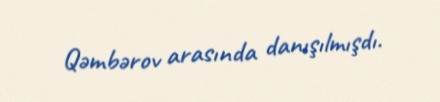
Qəmbərov arasında danışılmışdı.